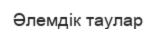
Әлемдік таулар